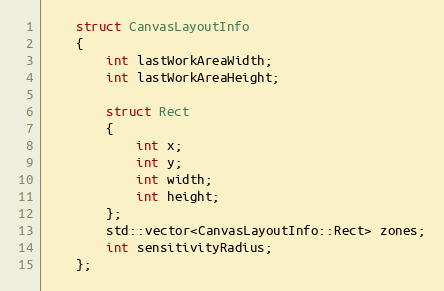
Language: C
    struct CanvasLayoutInfo
    {
        int lastWorkAreaWidth;
        int lastWorkAreaHeight;

        struct Rect
        {
            int x;
            int y;
            int width;
            int height;
        };
        std::vector<CanvasLayoutInfo::Rect> zones;
        int sensitivityRadius;
    };